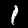
Label: 1